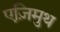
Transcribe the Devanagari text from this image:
एज़िमुथ